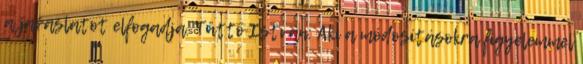
a javaslatot elfogadja. Tüttő István: Aki a módosításokra figyelemmel